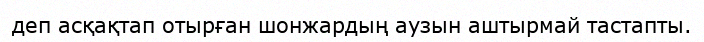
деп асқақтап отырған шонжардың аузын аштырмай тастапты.